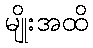
မျိုးအထိ